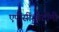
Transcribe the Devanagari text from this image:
एपीसीओटॉमी